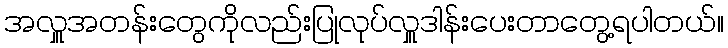
အလှူအတန်းတွေကိုလည်းပြုလုပ်လှူဒါန်းပေးတာတွေ့ရပါတယ်။